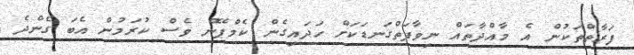
ފަރާތްތަކުން އެ މާއްދާތައް ނިވާފަތްގަނޑަކަށް ހަދައިގެން ކެމްޕޭން ވެސް ކުރަމުން އެބަ ގެންދެ